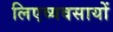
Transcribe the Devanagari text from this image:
लिएव्यवसायों